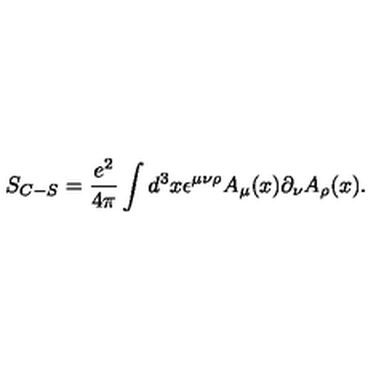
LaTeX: S _ { C - S } = \frac { e ^ { 2 } } { 4 \pi } \int d ^ { 3 } x \epsilon ^ { \mu \nu \rho } A _ { \mu } ( x ) \partial _ { \nu } A _ { \rho } ( x ) .